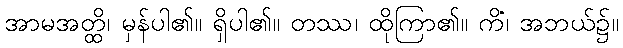
အာမအတ္ထိ၊ မှန်ပါ၏။ ရှိပါ၏။ တဿ၊ ထိုကြာ၏။ ကိံ၊ အဘယ်၌။